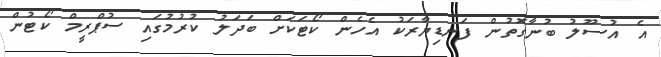
އެ އުސޫލު ބުނާގޮތުން ފަނޑިޔާރަކު އެހެން ކޯޓަކަށް ބަދަލު ކުރުމުގައި ސުޕްރީމް ކޯޓުން